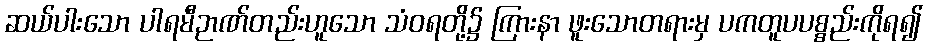
ဆယ်ပါးသော ပါရမီဉာဏ်တည်းဟူသော သံဝရတို့၌ ကြားနာ ဖူးသောတရားမှ ပကတူပပစ္စည်းကိုရ၍